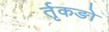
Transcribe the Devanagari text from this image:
र्तृकङो